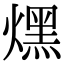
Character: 㷵